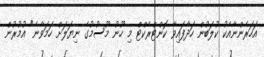
އަހަރެންނާއެކު ކުލަބުން ހަދާފައިވާ ކޮންޓްރެކްޓް މި ހޫނު މޫސުމުގެ ނިޔަލަށް ހަމަވާނެ" އުމުރުން